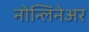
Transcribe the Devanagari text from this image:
नोन्लिनेअर